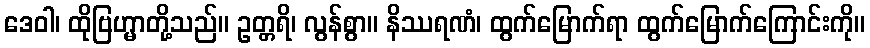
ဒေဝါ၊ ထိုဗြဟ္မာတို့သည်။ ဥတ္တရိ၊ လွန်စွာ။ နိဿရဏံ၊ ထွက်မြောက်ရာ ထွက်မြောက်ကြောင်းကို။